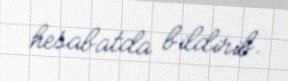
hesabatda bildirib.